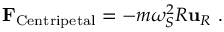
\mathbf { F } _ { \mathrm { C e n t r i p e t a l } } = - m \omega _ { S } ^ { 2 } R \mathbf { u } _ { R } \ .